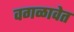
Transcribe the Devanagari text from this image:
वगळावेत